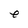
Character: e